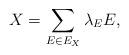
LaTeX: \begin{align*}X = \sum_{ E \in E_X} \lambda_E E,\end{align*}